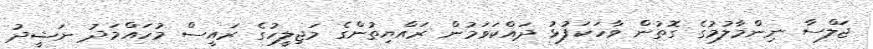
ޖަލްސާ ނިންމާލުމުގެ ގޮތުން ވާހަކަފުޅު ދައްކަވަމުން ރައްޔިތުންގެ މަޖިލީހުގެ ރައީސް މުހައްމަދު ނަޝީދު